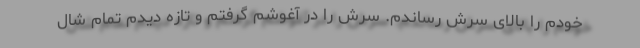
خودم را بالای سرش رساندم. سرش را در آغوشم گرفتم و تازه دیدم تمام شال